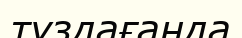
тұздағанда